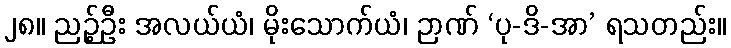
၂၈။ ညဉ့်ဦး အလယ်ယံ၊ မိုးသောက်ယံ၊ ဉာဏ် ‘ပု-ဒိ-အာ’ ရသတည်း။